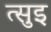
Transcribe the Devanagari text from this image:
त्सुइ